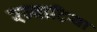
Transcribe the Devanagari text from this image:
रज्वाटिया